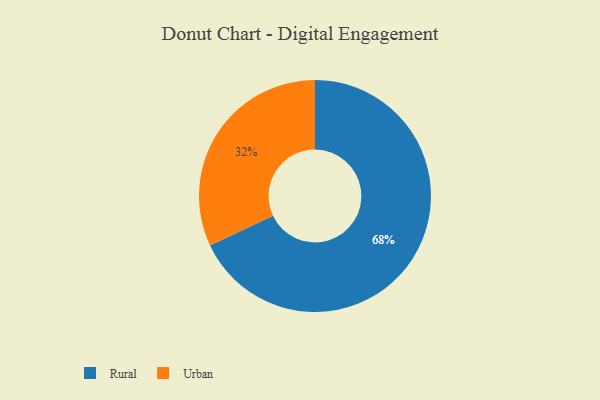
{"axis": {"x": "Category", "y": "Percentage"}, "legend": ["Rural", "Urban"], "data": [{"x": "Urban", "y": 32, "type": "Urban"}, {"x": "Rural", "y": 68, "type": "Rural"}]}